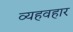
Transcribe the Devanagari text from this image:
व्यहवहार